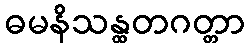
ဓမနိသန္ထတဂတ္တာ